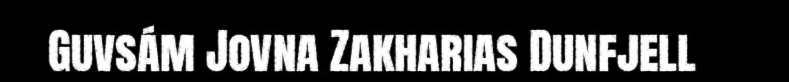
Guvsám Jovna Zakharias Dunfjell